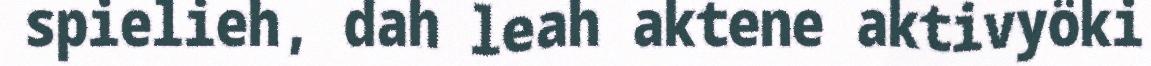
spielieh, dah leah aktene aktivyöki